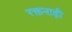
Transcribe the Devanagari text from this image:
रक्तनाड़ी